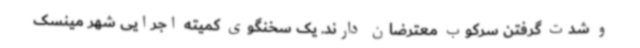
و شدت گرفتن سرکوب معترضان دارند. یک سخنگوی کمیته اجرایی شهر مینسک